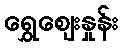
ရွှေဈေးနှုန်း